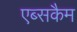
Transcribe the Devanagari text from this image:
एब्सकैम